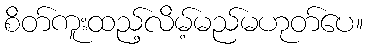
စိတ်ကူးထည့်လိမ့်မည်မဟုတ်ပေ။